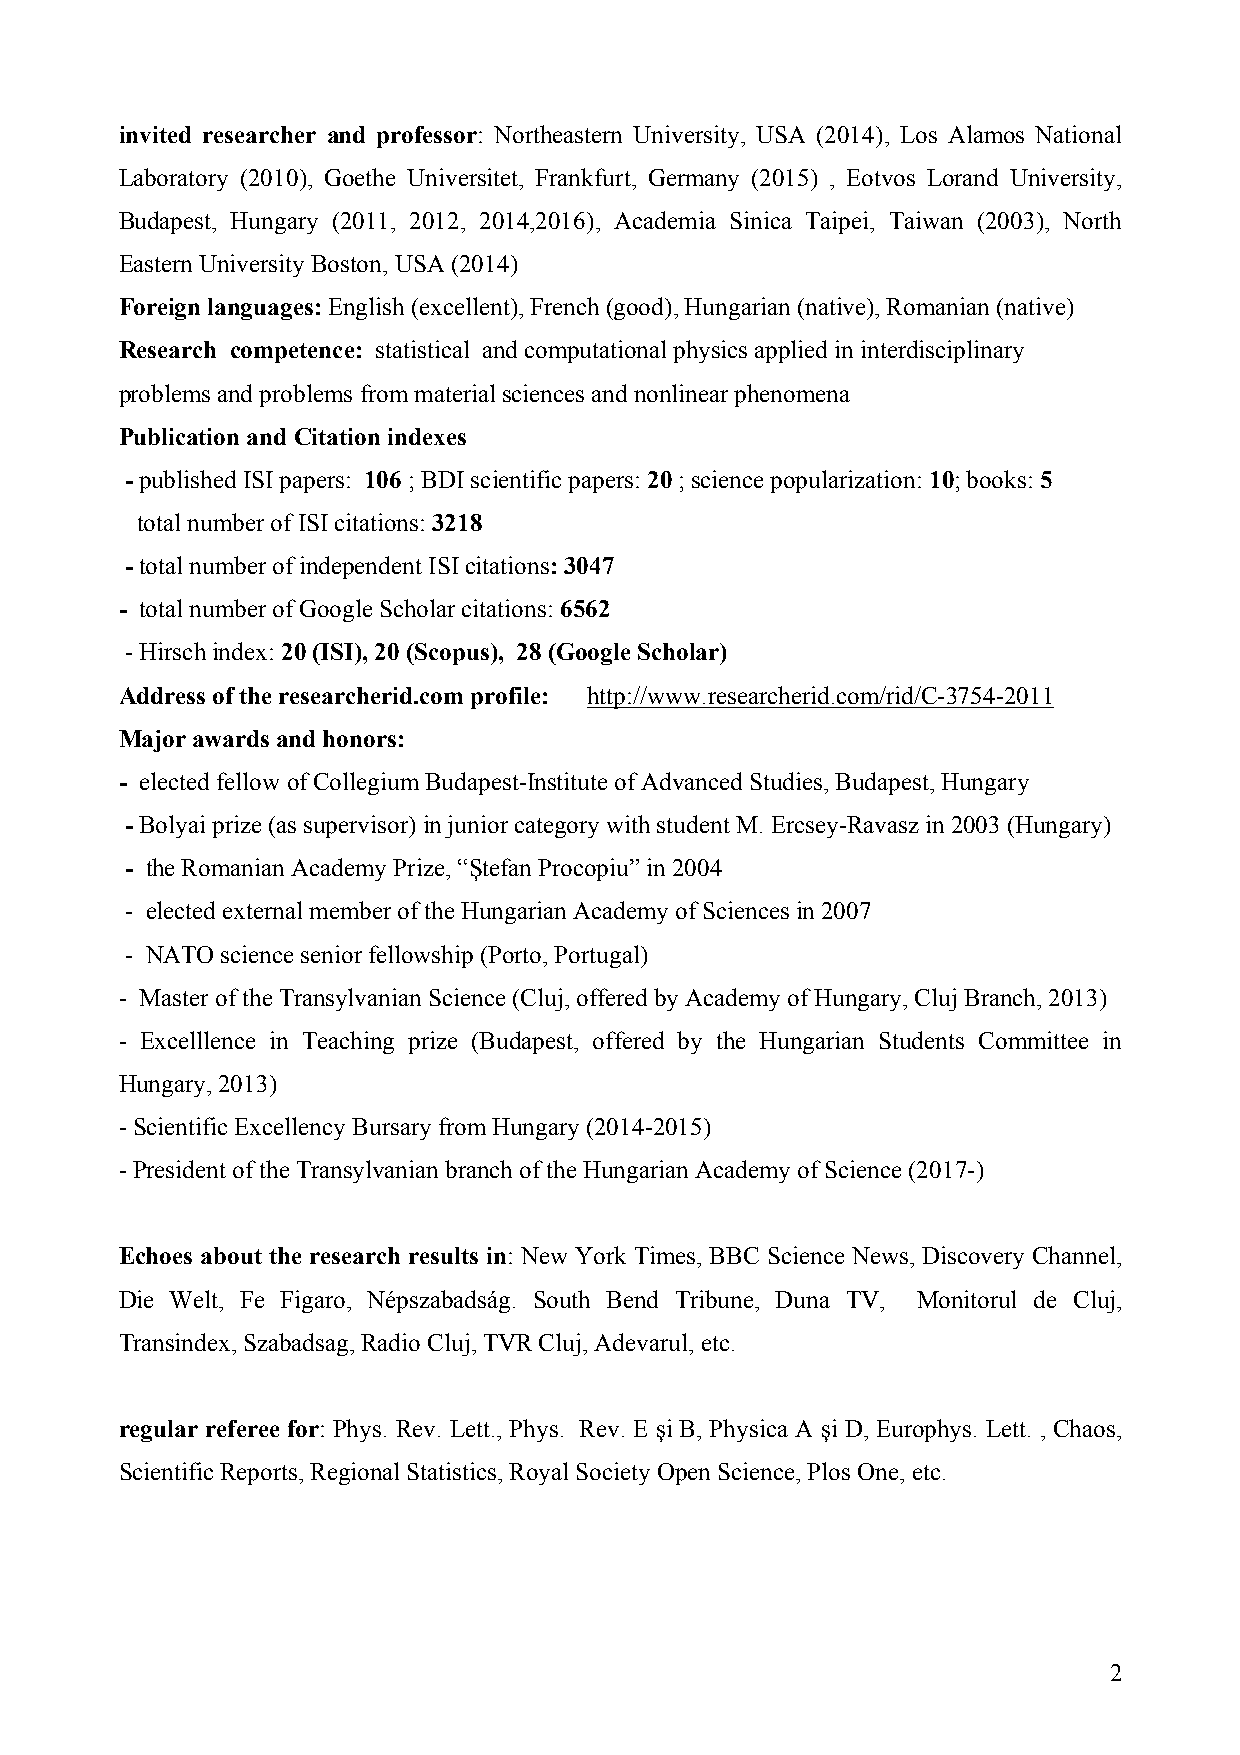
invited researcher and professor: Northeastern University, USA (2014), Los Alamos National
 Laboratory (2010), Goethe Universitet, Frankfurt, Germany (2015) , Eotvos Lorand University,
 Budapest, Hungary (2011, 2012, 2014,2016), Academia Sinica Taipei, Taiwan (2003), North
 Eastern University Boston, USA (2014)
 Foreign languages: English (excellent), French (good), Hungarian (native), Romanian (native)
 Research competence: statistical and computational physics applied in interdisciplinary
 problems and problems from material sciences and nonlinear phenomena
 Publication and Citation indexes
 - published ISI papers: 106 ; BDI scientific papers: 20 ; science popularization: 10; books: 5
 total number of ISI citations: 3218
 - total number of independent ISI citations: 3047
 - total number of Google Scholar citations: 6562
 - Hirsch index: 20 (ISI), 20 (Scopus), 28 (Google Scholar)
 Address of the researcherid.com profile: http://www.researcherid.com/rid/C-3754-2011
 Major awards and honors:
 - elected fellow of Collegium Budapest-Institute of Advanced Studies, Budapest, Hungary
 - Bolyai prize (as supervisor) in junior category with student M. Ercsey-Ravasz in 2003 (Hungary)
 - the Romanian Academy Prize, “Ştefan Procopiu” in 2004
 - elected external member of the Hungarian Academy of Sciences in 2007
 - NATO science senior fellowship (Porto, Portugal)
 - Master of the Transylvanian Science (Cluj, offered by Academy of Hungary, Cluj Branch, 2013)
 - Excelllence in Teaching prize (Budapest, offered by the Hungarian Students Committee in
 Hungary, 2013)
 - Scientific Excellency Bursary from Hungary (2014-2015)
 - President of the Transylvanian branch of the Hungarian Academy of Science (2017-)
 Echoes about the research results in: New York Times, BBC Science News, Discovery Channel,
 Die Welt, Fe Figaro, Népszabadság. South Bend Tribune, Duna TV, Monitorul de Cluj,
 Transindex, Szabadsag, Radio Cluj, TVR Cluj, Adevarul, etc.
 regular referee for: Phys. Rev. Lett., Phys. Rev. E şi B, Physica A şi D, Europhys. Lett. , Chaos,
 Scientific Reports, Regional Statistics, Royal Society Open Science, Plos One, etc.
 2